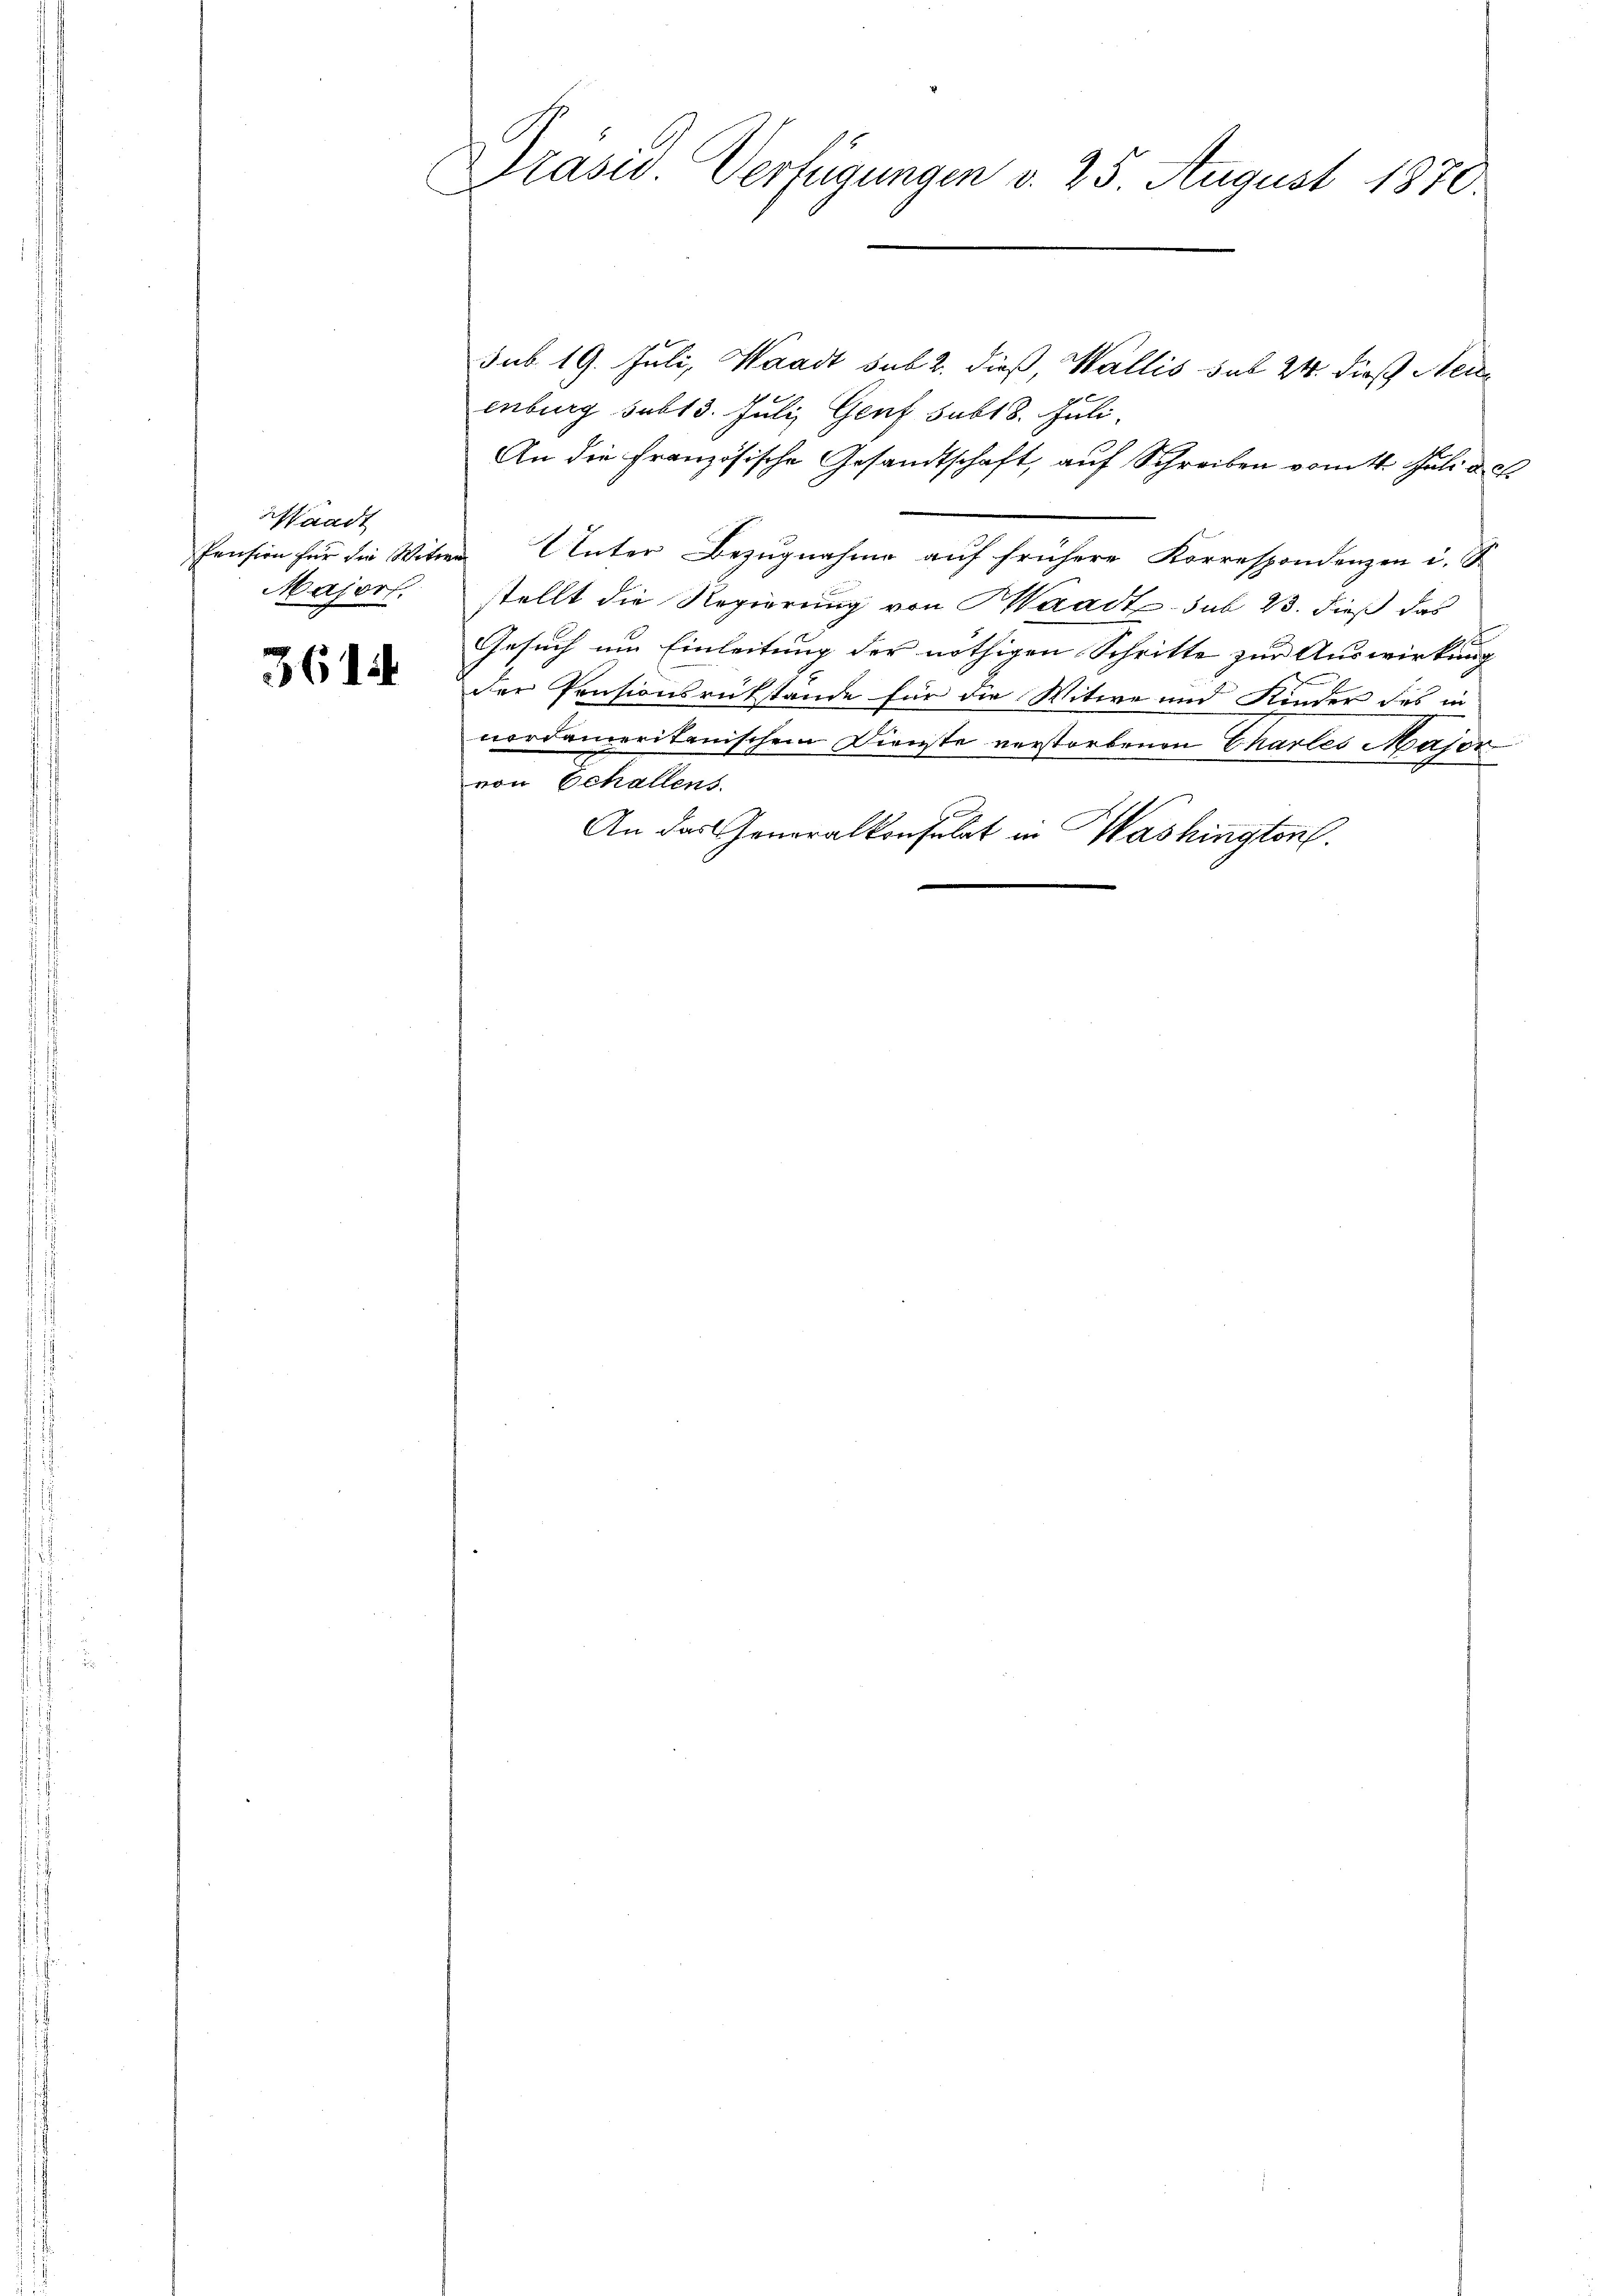
Waadt
Major.

361.

Präsid. Verfügungen d. 25. August 1870.

sub 19. Juli, Waadt sub 2. dieß, Wallis sub 24. dieß Neidenburg subt 3. Juli, Genf subt8. Juli.
An die Französische Gesandtschaft, auf Schreiben vom 14. Juli d. d
Pension für die Witwe Unter Bezugnahme auf frühere Korrespondenzen u. S
stellt die Regierung von Waadt sub 23. dieß das
Gesuch um Einleitung der nöthigen Schritte zur Auswirkung
der Pensionsrükstände für die Witwe und Kinder des in
nordameritanischem Dienste verstorbenen Chartes Major
von Schallens
An das Generalkonsulat in Washington.